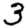
Digit: 3